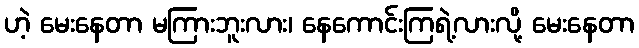
ဟဲ့ မေးနေတာ မကြားဘူးလား၊ နေကောင်းကြရဲ့လားလို့ မေးနေတာ